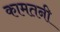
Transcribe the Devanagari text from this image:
कामतनी